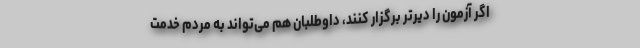
اگر آزمون را دیرتر برگزار کنند، داوطلبان هم می‌تواند به مردم خدمت